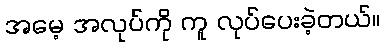
အမေ့ အလုပ်ကို ကူ လုပ်ပေးခဲ့တယ်။